Vaccine operations Central Provinces & Berar 1912-1920 - 1912-1920
Year: 1912
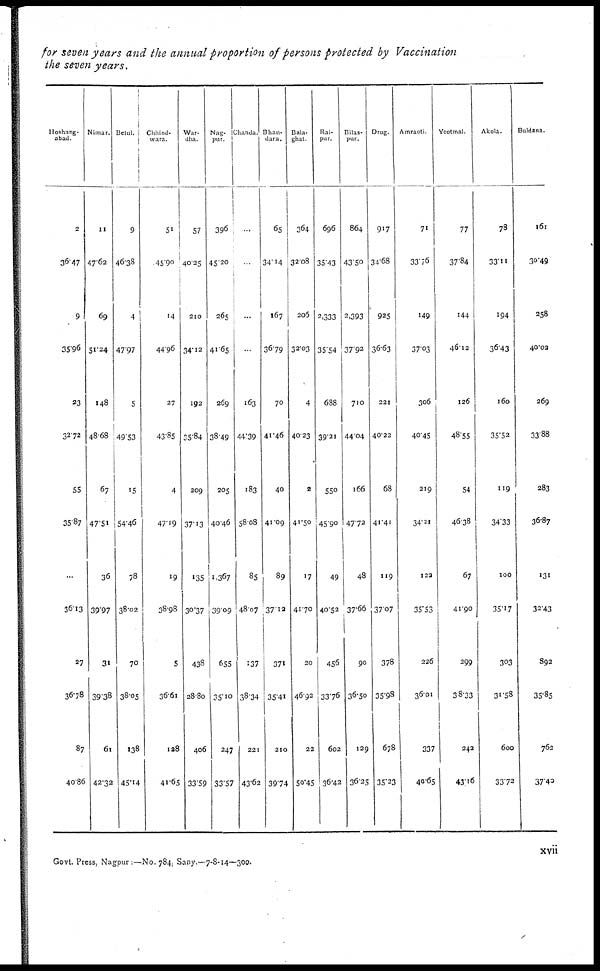
for seven years and the annual proportion of persons protected by Vaccination
the seven years.
Hoshang¬
abad.
2
36.47
9
35.96
23
32.72
55
35.87
...
36.13
27
36.78
87
40.86
Nimar.
11
47.62
69
51.24
148
48.68
67
47.51
36
39.97
31
39.38
61
42.32
Betul.
9
46.38
4
47.97
5
49.53
15
54.46
78
38.02
70
38.05
138
45.14
Chhind¬
wara.
51
45.90
14
44.96
27
43.85
4
47.19
19
38.98
5
36.61
128
41.65
War¬
dha.
57
40.25
210
34.12
192
35.84
209
37.13
135
30.37
438
28.80
406
33.59
Nag¬
pur.
396
45.20
265
41.65
269
38.49
205
40.46
1,367
39.09
655
35.10
247
33.57
Chanda.
...
...
...
...
163
44.39
183
58.08
85
48.07
137
38.34
221
43.62
Bhan¬
dara.
65
34.14
167
36.79
70
41.46
40
41.09
89
37.12
371
35.41
210
39.74
Bala¬
ghat.
364
32.08
205
32.03
4
40.23
2
41.50
17
41.70
20
46.92
22
50.45
Rai¬
pur.
696
35.43
2,333
35.54
688
39.21
550
45.90
49
40.52
456
33.76
602
36.42
Bilas¬
pur.
864
43.50
2,393
37.92
710
44.04
166
47.72
48
37.66
90
36.50
129
36.25
Drug.
917
34.68
925
36.63
221
40.22
68
41.41
119
37.07
378
35.98
678
35.23
Amraoti.
71
33.76
149
37.03
306
40.45
219
34.21
122
35.53
226
36.01
337
40.65
Yeotmal.
77
37.84
144
46.12
126
48.55
54
46.38
67
41.90
299
38.33
242
43.16
Akola.
78
33.11
194
36.43
160
35.52
119
34.33
100
35.17
303
31.58
600
33.72
Buldana.
161
30.49
258
40.02
269
33.88
283
36.87
131
32.43
892
35.85
762
37.40
Govt. Press, Nagpur:—No, 784. Sany.—7-8-14—300.
xvii